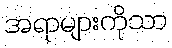
အရာများကိုသာ